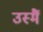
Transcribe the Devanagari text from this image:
उस्मैं